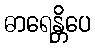
ဓာရေန္တိပေ